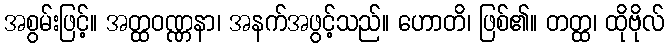
အစွမ်းဖြင့်။ အတ္ထဝဏ္ဏနာ၊ အနက်အဖွင့်သည်။ ဟောတိ၊ ဖြစ်၏။ တတ္ထ၊ ထိုဗိုလ်